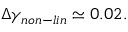
\Delta \gamma _ { n o n - l i n } \simeq 0 . 0 2 .